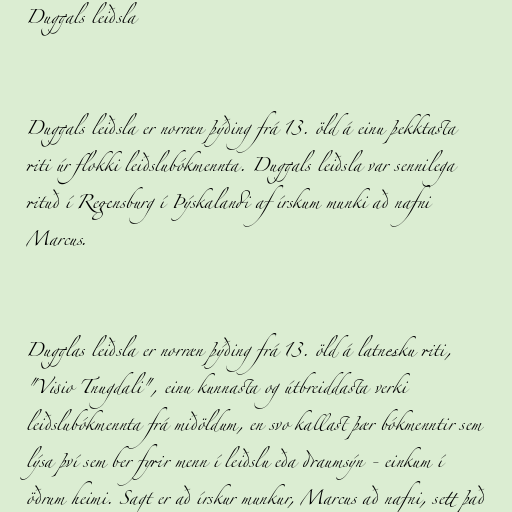
Duggals leiðsla

Duggals leiðsla er norræn þýðing frá 13. öld á einu þekktasta
riti úr flokki leiðslubókmennta. Duggals leiðsla var sennilega
rituð í Regensburg í Þýskalandi af írskum munki að nafni
Marcus.

Dugglas leiðsla er norræn þýðing frá 13. öld á latnesku riti,
"Visio Tnugdali", einu kunnasta og útbreiddasta verki
leiðslubókmennta frá miðöldum, en svo kallast þær bókmenntir sem
lýsa því sem ber fyrir menn í leiðslu eða draumsýn - einkum í
öðrum heimi. Sagt er að írskur munkur, Marcus að nafni, sett það